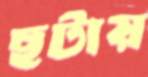
ছটায়